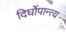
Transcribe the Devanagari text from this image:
दिर्घोपान्त्य